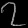
Digit: ၇